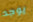
يوجد